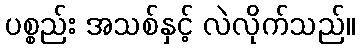
ပစ္စည်း အသစ်နှင့် လဲလိုက်သည်။